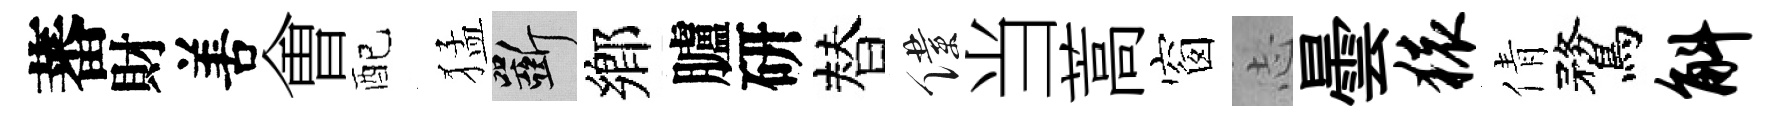
蕃財𠵊㑹配猛斫鄉臚研替僕当蒿窗𢖽曇猿倩鶩斛